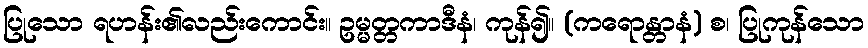
ပြုသော ရဟန်း၏လည်းကောင်း။ ဥမ္မတ္တကာဒီနံ၊ ကုန်၍။ (ကရောန္တာနံ) စ၊ ပြုကုန်သော